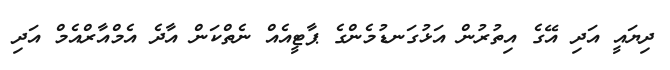
ދިޔައީ އަދި އޭގެ އިތުރުން އަޅުގަނޑުމެންގެ ޕާޓީއެއް ނެތްކަން އާދެ އެމްއާރްއެމް އަދި